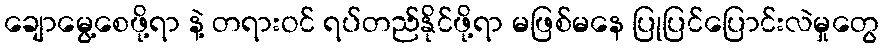
ချောမွေ့စေဖို့ရာ နဲ့ တရားဝင် ရပ်တည်နိုင်ဖို့ရာ မဖြစ်မနေ ပြုပြင်ပြောင်းလဲမှုတွေ